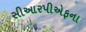
સીઆરપીએફના